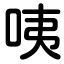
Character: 咦